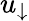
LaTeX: u_{\downarrow}